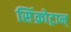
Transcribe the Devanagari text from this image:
सिंक्रोट्रान्